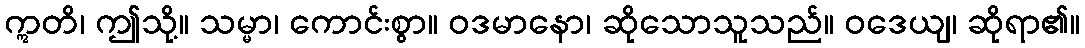
ဣတိ၊ ဤသို့။ သမ္မာ၊ ကောင်းစွာ။ ဝဒမာနော၊ ဆိုသောသူသည်။ ဝဒေယျ၊ ဆိုရာ၏။